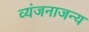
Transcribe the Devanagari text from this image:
व्यंजनाजन्य